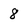
Character: 8